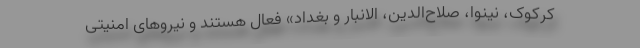
کرکوک، نینوا، صلاح‌الدین، الانبار و بغداد» فعال هستند و نیروهای امنیتی